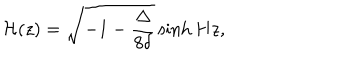
LaTeX: { \cal H } ( z ) = \sqrt { - 1 - \frac { \Delta } { 8 \delta } } \sinh { H z } ,